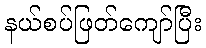
နယ်စပ်ဖြတ်ကျော်ပြီး